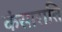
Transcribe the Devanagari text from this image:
कंसाराति